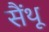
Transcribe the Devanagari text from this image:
सैंथू